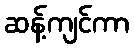
ဆန့်ကျင်ကာ